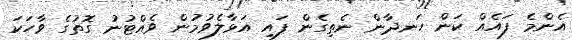
އެންމެ ފައެއް ކަން ހަނދާން ނެތިގެން ފައި އަޅާލެވުމުން ވެއްޓުނު ގޮތުގެ ވާހަކަ